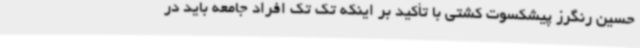
حسین رنگرز پیشکسوت کشتی با تأکید بر اینکه تک تک افراد جامعه باید در